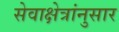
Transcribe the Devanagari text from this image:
सेवाक्षेत्रांनुसार